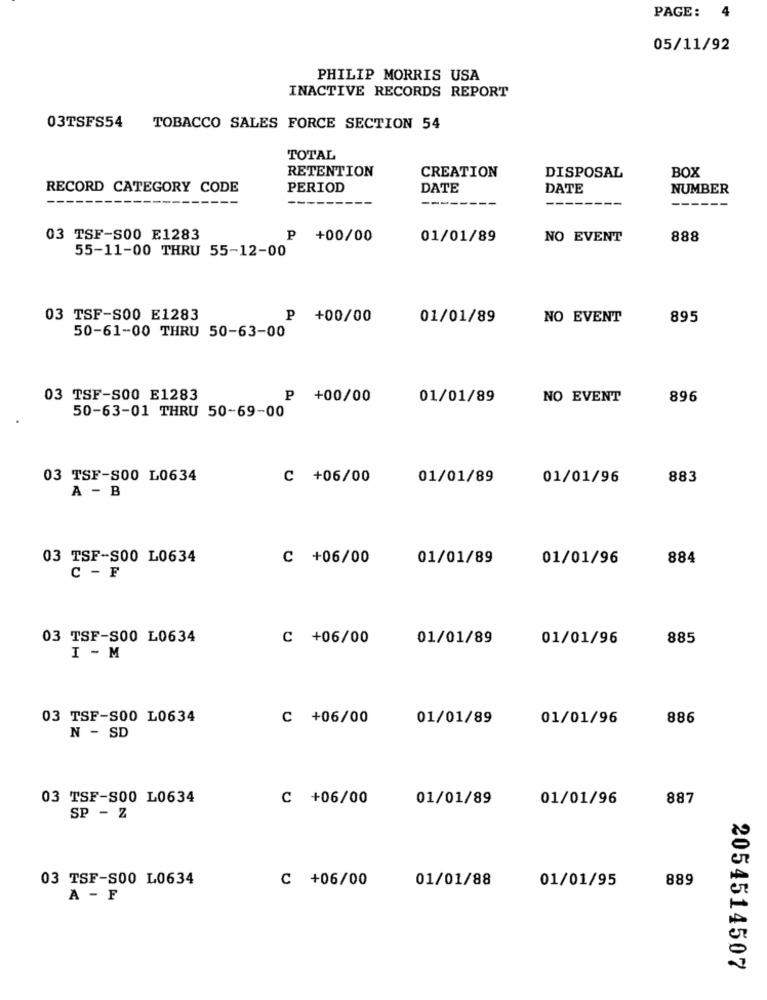
PAGE :
4
05/11/92
PHILIP MORRIS USA
INACTIVE RECORDS REPORT
03TSFS54
TOBACCO SALES FORCE SECTION 54
TOTAL
RETENTION
CREATION
DISPOSAL
BOX
RECORD CATEGORY CODE
PERIOD
DATE
DATE
NUMBER
-----
03 TSF-S00 E1283
+00/00
01/01/89
NO EVENT
888
55-11-00 THRU 55-12-00
03 TSF-S00 E1283
P +00/00
01/01/89
NO EVENT
895
50-61-00 THRU 50-63-00
03 TSF-S00 E1283
P +00/00
01/01/89
NO EVENT
896
50-63-01 THRU 50-69-00
03 TSF-S00 L0634
C +06/00
01/01/89
01/01/96
883
A - B
03 TSF-S00 L0634
C +06/00
01/01/89
01/01/96
884
C - F
03 TSF-S00 L0634
C +06/00
01/01/89
01/01/96
885
I - M
03 TSF-S00 L0634
C +06/00
01/01/89
01/01/96
886
N - SD
03 TSF-S00 L0634
C +06/00
01/01/89
01/01/96
887
SP - Z
03 TSF-S00 L0634
C +06/00
01/01/88
889
01/01/95
A - F
2054514507